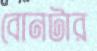
বোনটার